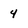
Character: 4